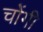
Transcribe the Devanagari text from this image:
चोंगी